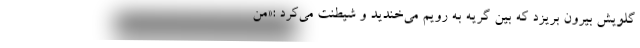
گلویش بیرون بریزد که بین گریه به رویم می‌خندید و شیطنت می‌کرد :«من